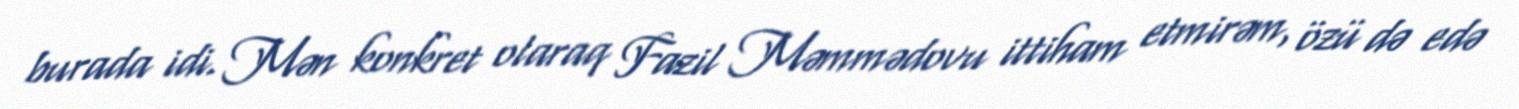
burada idi. Mən konkret olaraq Fazil Məmmədovu ittiham etmirəm, özü də edə